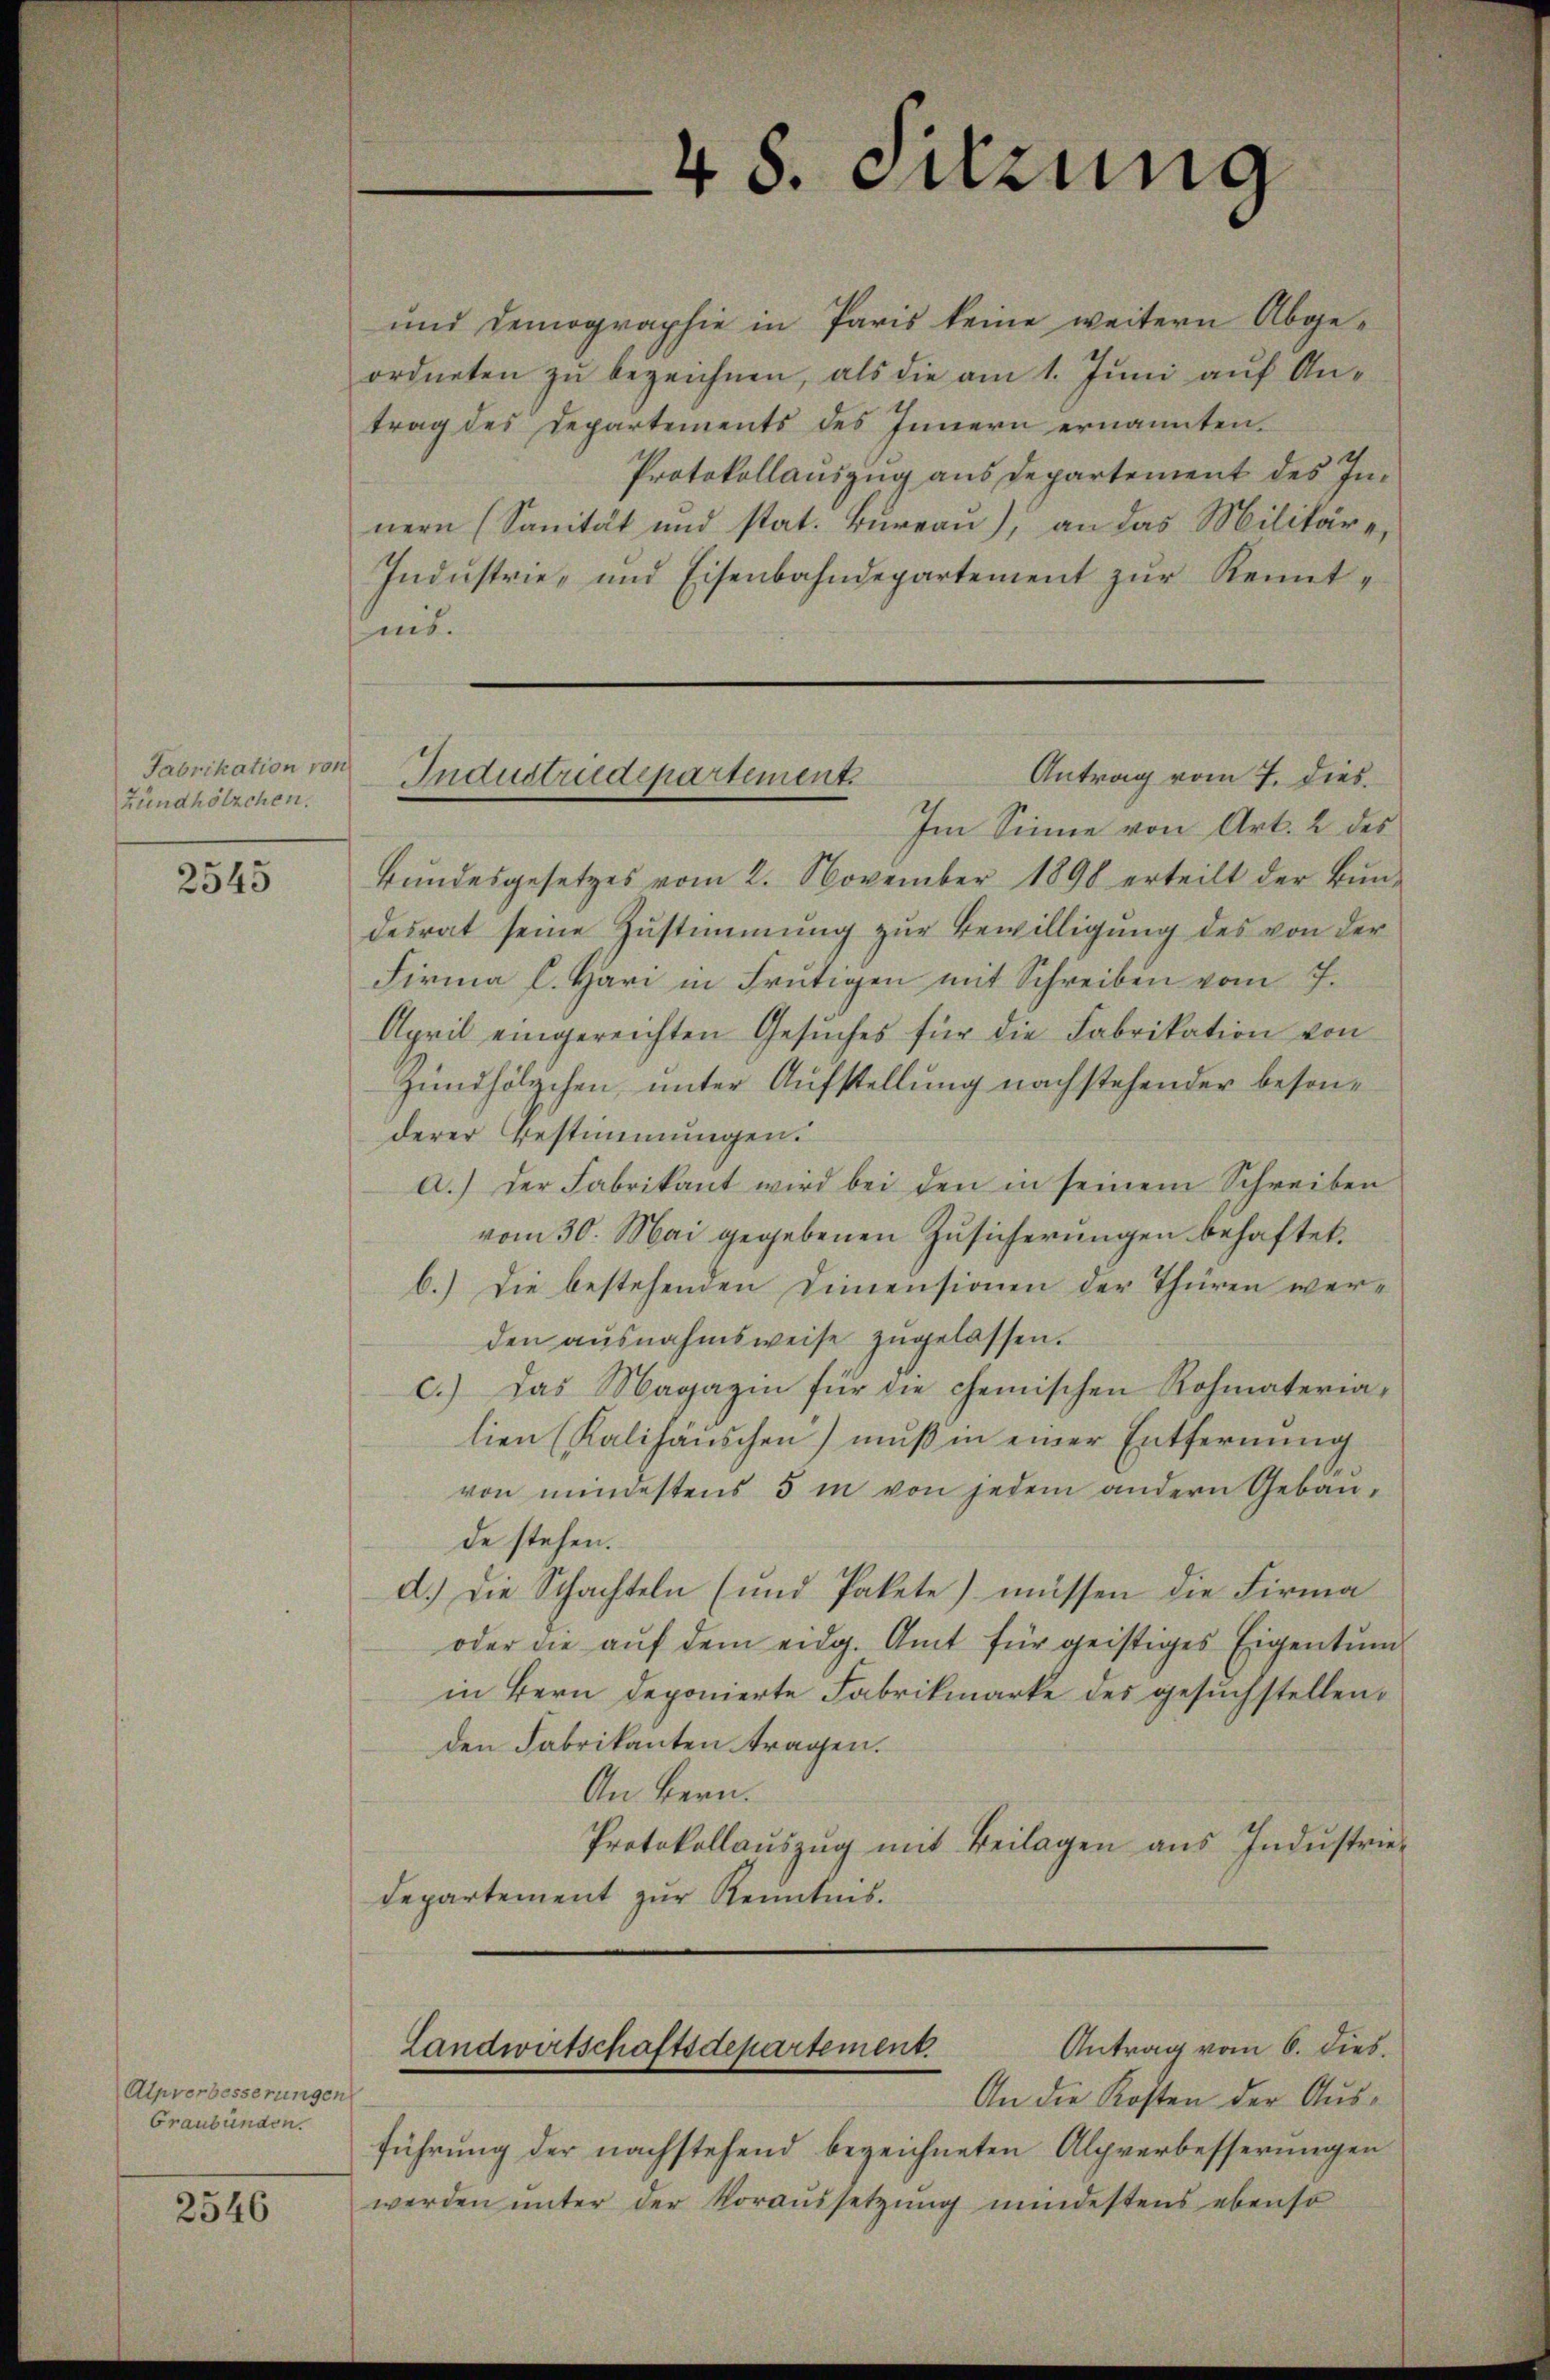
Fabrikation von
Zündhölzchen.

2545

Alpverbesserungen
Graubünden.

2546

48. Sitzung

Antrag vom 7. dies
Industriedepartement.

und demographie in Paris keine weitern Abgeordneten zu bezeichnen, als die am 1. Juni auf Antrag des Departements des Innern ernannten
Protokollauszug aus Departement des Innern (Sanität und stat. Büreaŭ), an das Militäre,
Indŭstrie- und Eisenbahndepartement zŭr Kennt-
nis.
Im Sinne von Art. 2 des
Bŭndesgesetzes vom 2. November 1890 erteilt der Bŭn-
desrat seine Zustimmung zur Bewilligung des von der
Firma l. Hari in Frutigen mit Schreiben vom 7.
April eingereichten Gesuches für die Fabrikation von
Zündhölzchen unter Aufstellung nachstehender besonderer Bestimmungen.
a.) der Fabrikant wird bei den in seinem Schreiben
vom 30. Mai gegebenen Zusicherungen behaftet.
6.) Die bestehenden Dimensionen der Thüren werden ausnahmsweise zugelassen.
c.) Das Magazin für die chemischen Rohmateria-
lien (Kalihäuschen) muß in einer Entfernung
von mindestens 5 in von jedem andern Gebäude stehen.
d.) Die Schachteln (und Pakete) müssen die Firma
oder die aŭf dem eidg. Amt für geistiges Eigentum
in Bern deponierte Fabrikmarke des gesuchstellen,
den Fabrikanten tragen.
An Bern.
Protokollaŭszŭg mit Beilagen aus Industrie-
Departement zur Kenntnis.
Antrag vom 6. dies
Landwirtschaftsdepartement.
An die Kosten der Ausführung der nachstehend bezeichneten Alpverbesserungen
werden unter der Voraussetzung mindestens ebenso